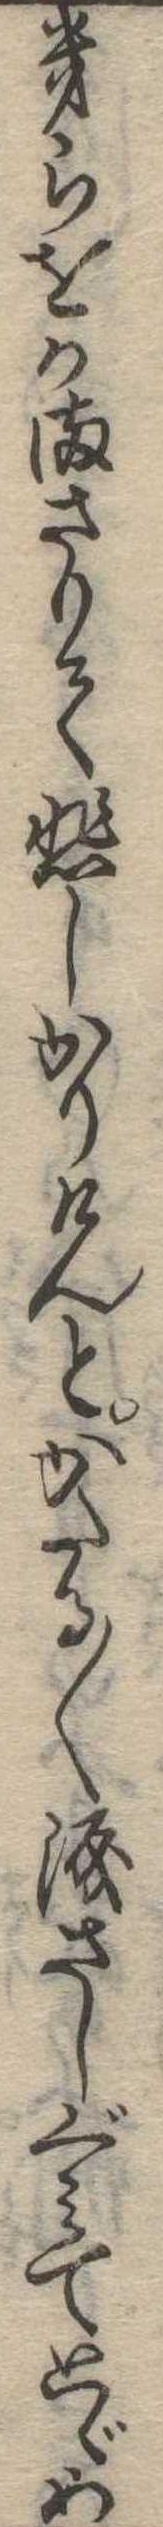
幾らをかまさりて悲しかりけんとかたる〱涙さしぐみてとゞめ